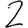
Digit: 2